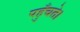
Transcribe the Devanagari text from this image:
पहुँचते।